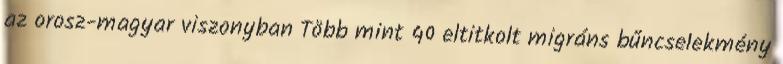
az orosz-magyar viszonyban Több mint 40 el­tit­kolt mig­ráns bűn­cse­lek­mény